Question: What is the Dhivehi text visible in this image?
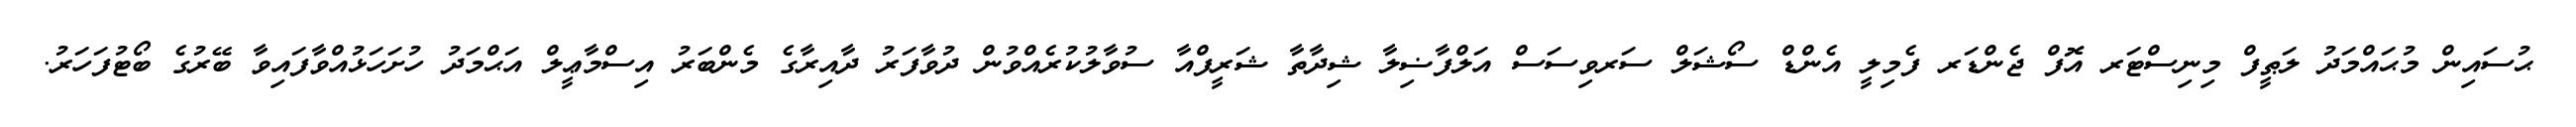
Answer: ޙުސައިން މުޙައްމަދު ލަޠީފް މިނިސްޓަރ އޮފް ޖެންޑަރ ފެމިލީ އެންޑް ސޯޝަލް ސަރވިސަސް އަލްފާޟިލާ ޝިދާތާ ޝަރީފްއާ ސުވާލުކުރެއްވުން ދުވާފަރު ދާއިރާގެ މެންބަރު އިސްމާޢީލް އަޙްމަދު ހުށަހަޅުއްވާފައިވާ ބޭރުގެ ބޯޓުފަހަރު.